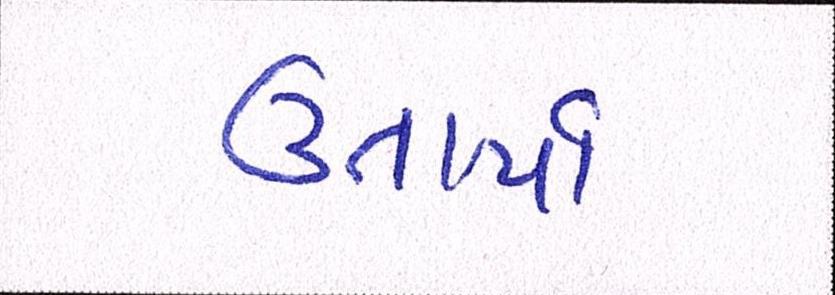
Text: ઉતાર્યા